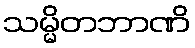
သမ္မိတဘာဏိ